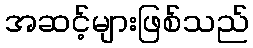
အဆင့်များဖြစ်သည်